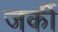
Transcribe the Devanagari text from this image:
जर्की